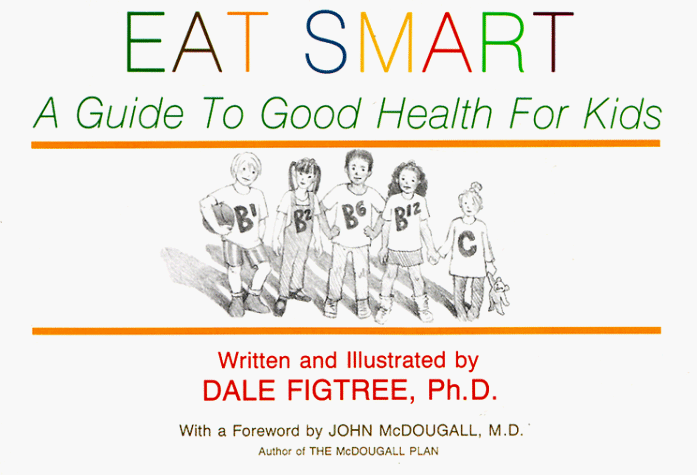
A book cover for Eat Smart: A Guide to Good Health for Kids; Dale Figtree; Teen & Young Adult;